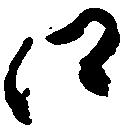
え